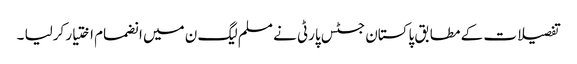
تفصیلات کے مطابق پاکستان جسٹس پارٹی نے مسلم لیگ ن میں انضمام اختیار کرلیا ۔